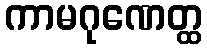
ကာမဂုဏေတ္ထ